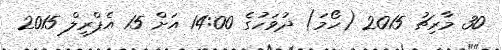
30 މާރިޗު 2015 (ހޯމަ) ދުވަހުގެ 14:00 އަށް 15 އެޕްރީލް 2015